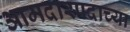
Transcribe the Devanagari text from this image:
आमदारपदाच्या